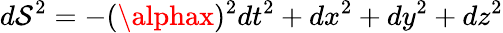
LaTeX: d\mathcal{S}^{2}=-(\alphax)^{2}dt^{2}+dx^{2}+dy^{2}+dz^{2}